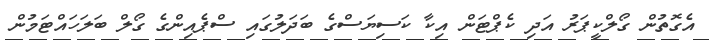
އެގޮތުން ގޯލްކީޕަރު އަދި ކެޕްޓަން އިކާ ކަސިޔަސްގެ ބަދަލުގައި ސްޕެއިންގެ ގޯލް ބަލަހައްޓަމުން